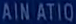
AINATIO